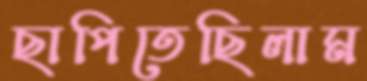
ছাপিতেছিলাম